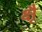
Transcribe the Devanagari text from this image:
क्षैृ